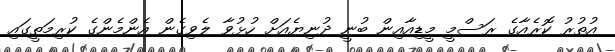
އުތުރު ކޮރެއާގެ ރަސްމީ މީޑިއާއިން ބުނީ ދުނިޔެއަށް ހުޅުވާ ލެވިގެން އެންމެންގެ ކުރިމަތީގައި